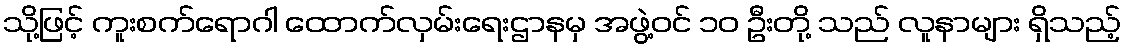
သို့ဖြင့် ကူးစက်ရောဂါ ထောက်လှမ်းရေးဌာနမှ အဖွဲ့ဝင် ၁၀ ဦးတို့ သည် လူနာများ ရှိသည့်